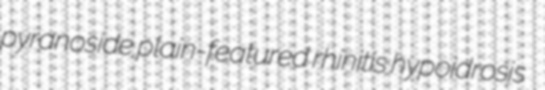
pyranoside plain-featured rhinitis hypoidrosis